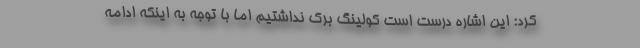
کرد: این اشاره درست است کولینگ برک نداشتیم اما با توجه به اینکه ادامه